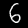
Digit: 6